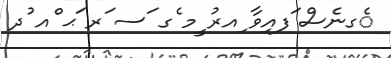
ެގނެސް ަފއިވާ ިއރު ީމ ެގ ަސ ަރ ަޙ ްއ ުދ